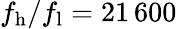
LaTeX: f_{\mathrm{h}}/f_{\mathrm{l}}=21\, 600